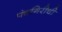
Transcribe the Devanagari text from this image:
पंचगिरीची